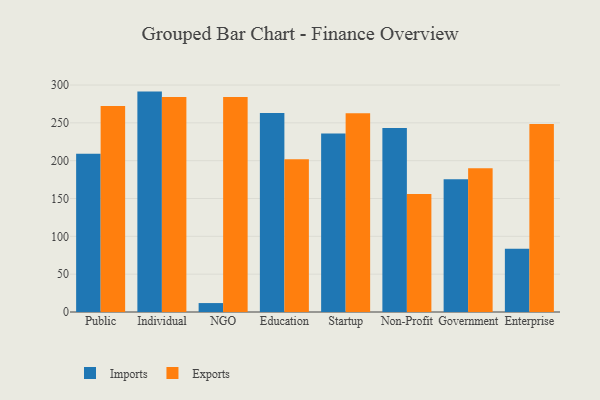
{"axis": {"x": "Segment", "y": "LTV (USD)"}, "legend": ["Exports", "Imports"], "data": [{"x": "Public", "y": 209.0, "type": "Imports"}, {"x": "Public", "y": 272.4, "type": "Exports"}, {"x": "Individual", "y": 291.3, "type": "Imports"}, {"x": "Individual", "y": 284.0, "type": "Exports"}, {"x": "NGO", "y": 11.8, "type": "Imports"}, {"x": "NGO", "y": 284.3, "type": "Exports"}, {"x": "Education", "y": 262.9, "type": "Imports"}, {"x": "Education", "y": 201.8, "type": "Exports"}, {"x": "Startup", "y": 235.8, "type": "Imports"}, {"x": "Startup", "y": 262.8, "type": "Exports"}, {"x": "Non-Profit", "y": 243.1, "type": "Imports"}, {"x": "Non-Profit", "y": 155.8, "type": "Exports"}, {"x": "Government", "y": 175.4, "type": "Imports"}, {"x": "Government", "y": 190.0, "type": "Exports"}, {"x": "Enterprise", "y": 83.6, "type": "Imports"}, {"x": "Enterprise", "y": 248.4, "type": "Exports"}]}